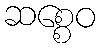
ဆစ္စေဝ